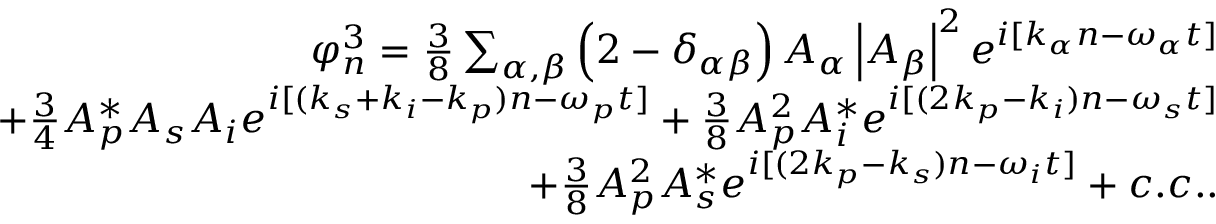
\begin{array} { r } { \varphi _ { n } ^ { 3 } = \frac { 3 } { 8 } \sum _ { \alpha , \beta } \left( 2 - \delta _ { \alpha \beta } \right) A _ { \alpha } \left| A _ { \beta } \right| ^ { 2 } e ^ { i [ k _ { \alpha } n - \omega _ { \alpha } t ] } } \\ { + \frac { 3 } { 4 } A _ { p } ^ { * } A _ { s } A _ { i } e ^ { i [ ( k _ { s } + k _ { i } - k _ { p } ) n - \omega _ { p } t ] } + \frac { 3 } { 8 } A _ { p } ^ { 2 } A _ { i } ^ { * } e ^ { i [ ( 2 k _ { p } - k _ { i } ) n - \omega _ { s } t ] } } \\ { + \frac { 3 } { 8 } A _ { p } ^ { 2 } A _ { s } ^ { * } e ^ { i [ ( 2 k _ { p } - k _ { s } ) n - \omega _ { i } t ] } + c . c . . } \end{array}